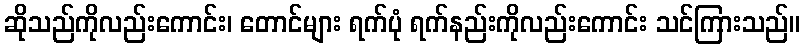
ဆိုသည်ကိုလည်းကောင်း၊ တောင်များ ရက်ပုံ ရက်နည်းကိုလည်းကောင်း သင်ကြားသည်။